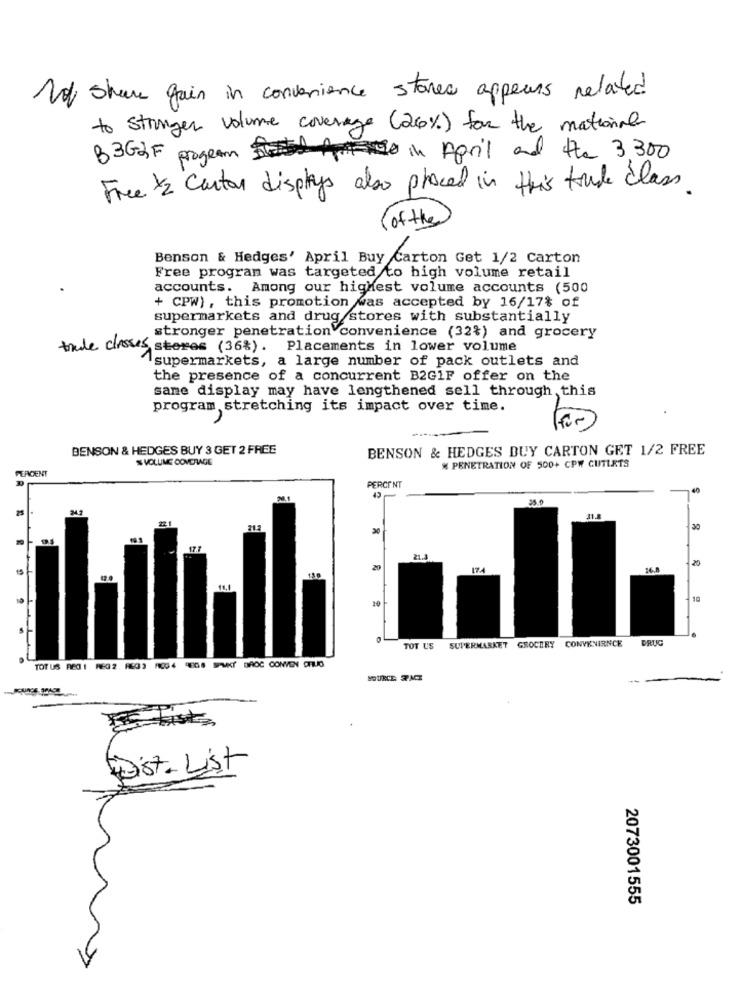
Not share gain in convenience stores appears related
to stringer volume coverage (26%) for the national
B3GGF program in April and the 3 300
Free /2 Carton displays also proced in this trude class.
(of the
Benson & Hedges' April Buy Carton Get 1/2 Carton
Free program was targeted to high volume retail
accounts. Among our highest volume accounts (500
+ CPW), this promotion was accepted by 16/17% of
supermarkets and drug stores with substantially
stronger penetration convenience (32%) and grocery
trade classes steres (36%). Placements in lower volume
"supermarkets, a large number of pack outlets and
the presence of a concurrent B2G1F offer on the
same display may have lengthened sell through this
program,stretching its impact over time.
BENSON & HEDGES BUY 3 GET 2 FREE
BENSON & HEDGES BUY CARTON GET 1/2 FREE
% VOLUME COVERAGE
% PENETRATION OF 500+ CPW CUTLETS
PERCENT
PERCENT
35.0
31.8
20
30
21.3
20
174
14.
10
GROCERY
CONVENIRNCE
ORIK"
TOT US
SUPERMARKET
TOT US REX 1 REG2 REG3 MCG 4 9EGS SPMKY DAOC CONVEN DRUG
Dist- List
2073001555